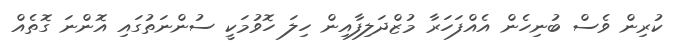
ކުރިން ވެސް ބުނިހެން އެއްފަހަރާ މުޒްދަލިފާއިން ހިލަ ހޮވުމަކީ ސުންނަތުގައި އޮންނަ ގޮތެއް